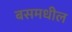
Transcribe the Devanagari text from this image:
बसमधील